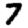
Digit: 7